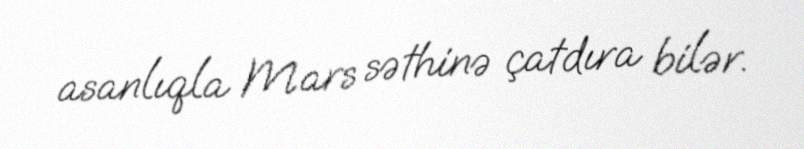
asanlıqla Mars səthinə çatdıra bilər.